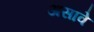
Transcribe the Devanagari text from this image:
असावेे